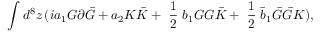
\int d ^ { 8 } z \, ( i a _ { 1 } G \partial \bar { G } + a _ { 2 } K \bar { K } + { \mathrm { \small { ~ \frac 1 2 ~ } } } b _ { 1 } G G \bar { K } + { \mathrm { \small { ~ \frac 1 2 ~ } } } \bar { b } _ { 1 } \bar { G } \bar { G } K ) ,